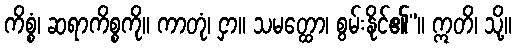
ကိစ္စံ၊ ဆရာကိစ္စကို။ ကာတုံ၊ ငှာ။ သမတ္ထော၊ စွမ်းနိုင်၏”။ ဣတိ၊ သို့။